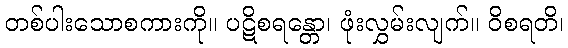
တစ်ပါးသောစကားကို။ ပဋိစရန္တော၊ ဖုံးလွှမ်းလျက်။ ဝိစရတိ၊